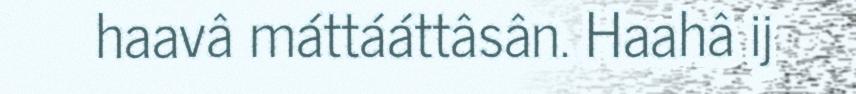
haavâ máttááttâsân. Haahâ ij